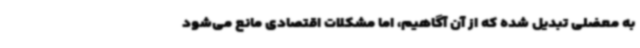
به معضلی تبدیل شده که از آن آگاهیم، اما مشکلات اقتصادی مانع می‌شود